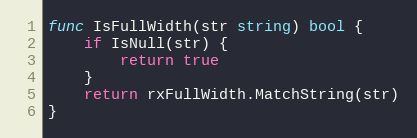
Language: Go
func IsFullWidth(str string) bool {
	if IsNull(str) {
		return true
	}
	return rxFullWidth.MatchString(str)
}